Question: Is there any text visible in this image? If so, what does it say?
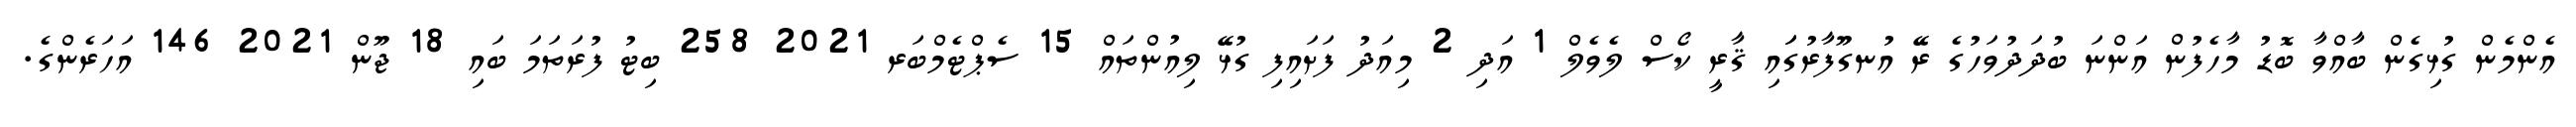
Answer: އެންމެން ގުޅިގެން ބާއްވާ ބޮޑު މާހެފުން އަންނަ ބުދަދުވަހުގެ ރޭ އުނގޫފާރުގަައި ޤާރީ ކޯސް ލެވެލް 1 އަދި 2 މިއަދު ފަށައިފި ގުޅޭ ލިއުންތައް 15 ސެޕްޓެމްބަރ 2021 258 ބިޓު ފުރަތަމަ ބައި 18 ޖޫން 2021 146 އަހަރެންގެ.